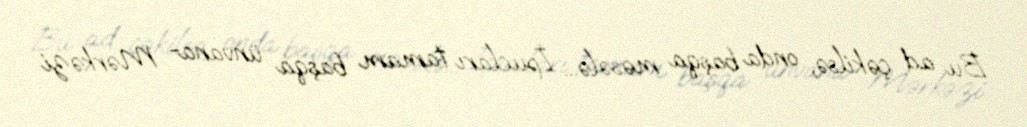
Bu ad çəkilsə, onda başqa məsələ... İpucları tamam başqa ünvana- Mərkəzi